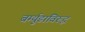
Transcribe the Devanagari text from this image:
बर्म्युडाविरुद्ध